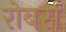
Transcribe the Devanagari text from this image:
रोबर्स